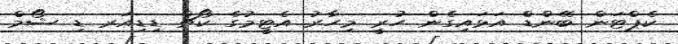
ކެޕްޓަން ބޭންޑް އަޅައިގެން ހުރީ މިހާރު އެޓީމުގެ ކޯޗް ޑިޑިއަރ ޑި ޝޯމް